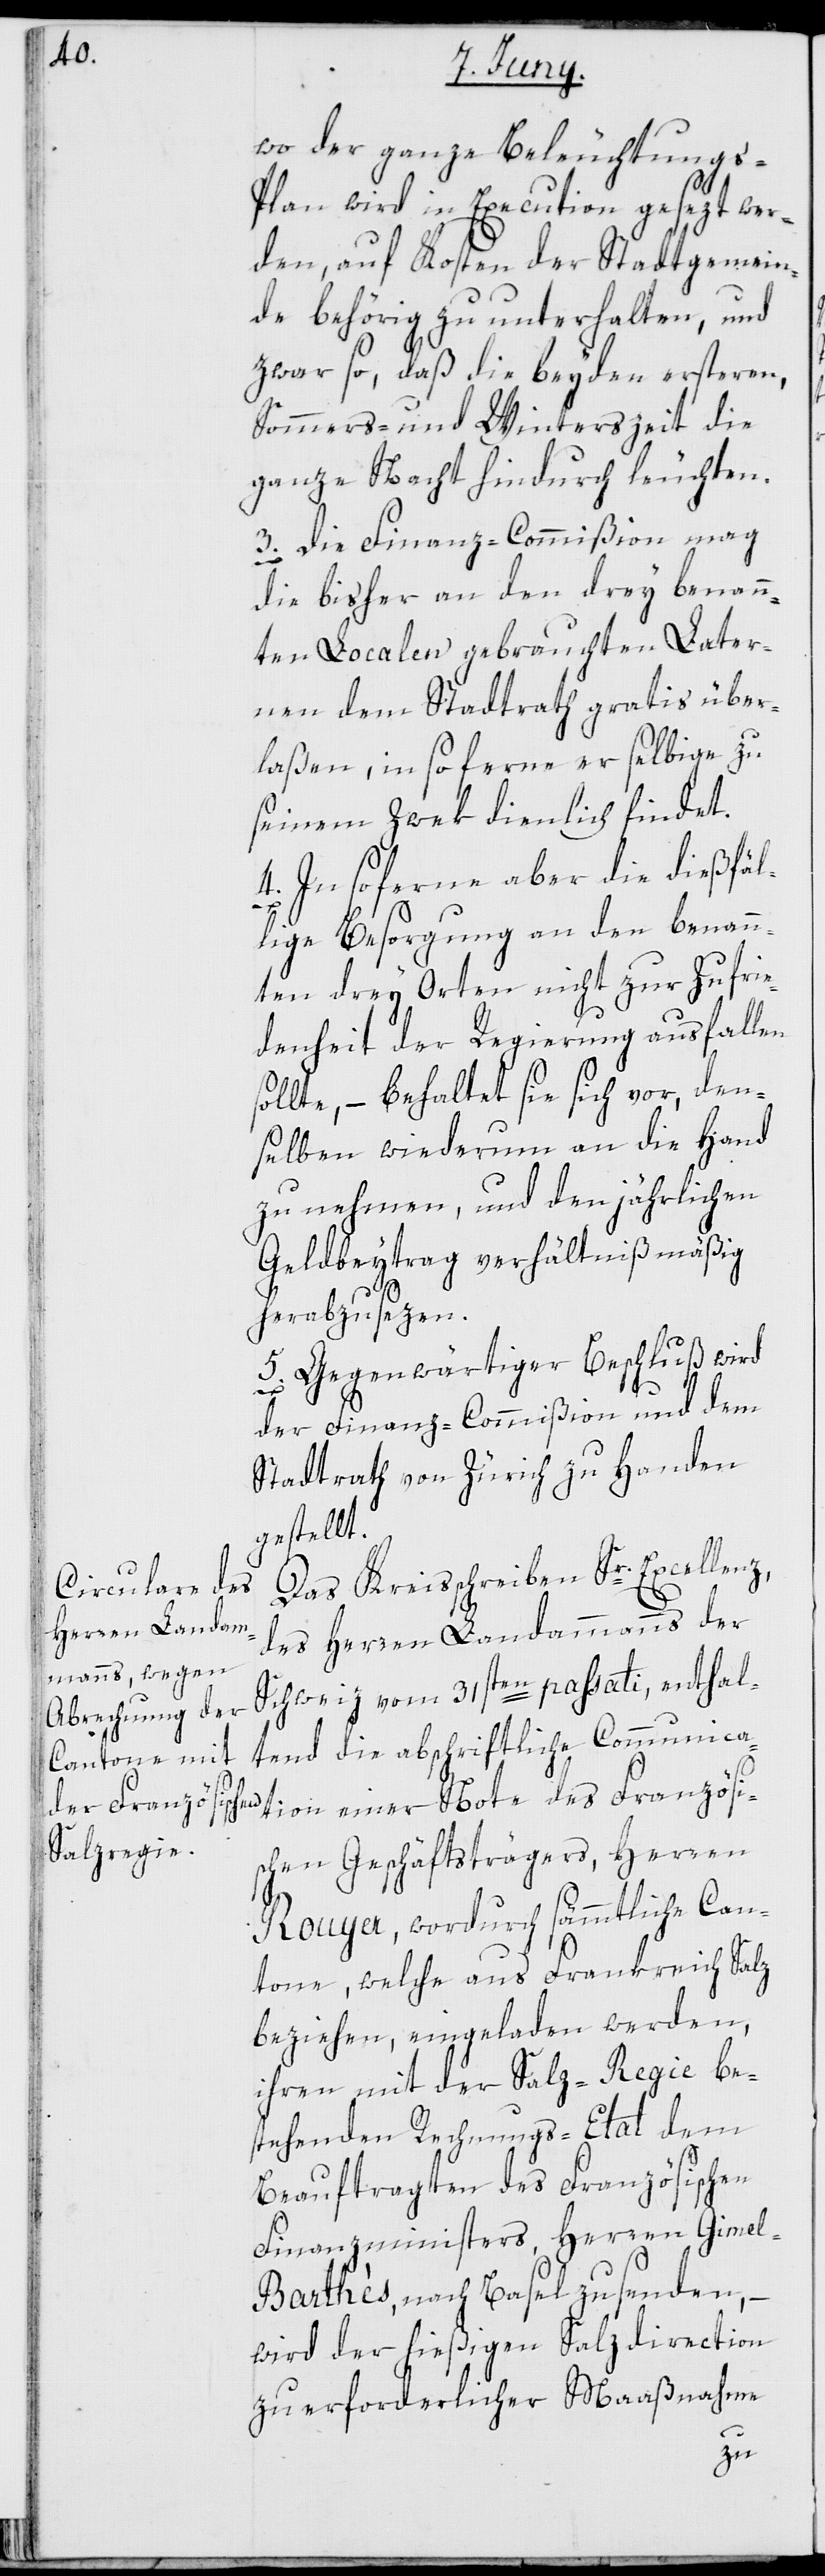
s¬
der ganze Beleuchtungs-P¬
lan wird in Execution gesezt wer¬
den, auf Kosten der Stadtgemein¬
de behörig zu unterhalten, und
zwar so, daß die beyden ersteren,
Sommers- und Winterszeit die
ganze Nacht hindurch leuchten.
3. Die Finanz-Commißion mag
die bisher an den drey benann¬
ten Localen gebrauchten Later¬
nen dem Stadtrath gratis über¬
laßen, in soferne er selbige zu
seinem Zwek dienlich findet.
4. In soferne aber die dießfäl¬
lige Besorgung an den benann¬
ten drey Orten nicht zur Zufrie¬
denheit der Regierung ausfallen
ollte, – behaltet sie sich vor, den¬
selben wiederum an die Hand
zu nehmen, und den jährlichen
Geldbeytrag verhältnißmäßig
herabzusezen.
5. Gegenwärtiger Beschluß wird
der Finanz-Commißion und dem
Stadtrath von Zürich zu Handen
gestellt.
Das Kreisschreiben Sr. Excellenz,
des Herren Landammanns der
Schweiz vom 31sten passati, enthal¬
tend die abschriftliche Communica¬
tion einer Note des Französi¬
schen Geschäftsträgers, Herren
Rouyer, wordurch sämmtliche Can¬
tone, welche aus Frankreich Salz
beziehen, eingeladen werden,
ihren mit der Salz-Regie be¬
stehenden Rechnungs-Etat dem
Beauftragten des Französischen
Finanzministers, Herren Gime¬
l-Barthès, nach Basel zusenden,
wird der hießigen Salzdirection
zu erforderlicher Maaßnahme